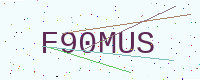
Text: F90MUS